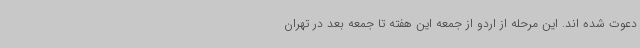
دعوت شده اند. این مرحله از اردو از جمعه این هفته تا جمعه بعد در تهران